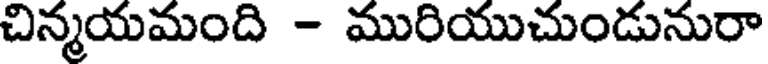
చిన్మయమంది - మురియుచుండునురా